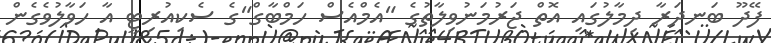
ފޭދޫ ބަނދަރާ ދިމާލުގައި އޮތް ޖަރުމަނުވިލާތުގެ "އެމްއެސް ހަމްބާގް"ގެ ސެކިއުރިޓީ އާ ހަވާލުވެގެން